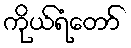
ကိုယ်ရံတော်